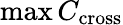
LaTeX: \operatorname*{max}C_{\mathrm{cross}}